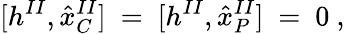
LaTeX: \lbrack h^{II},{\hat{x}}_{C}^{II}]\ =\ [h^{II},{\hat{x}}_{P}^{II}]\ =\ 0\ ,